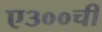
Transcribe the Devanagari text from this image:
ए३००ची